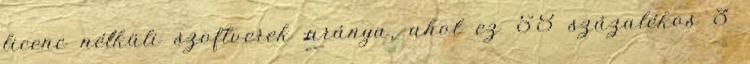
licenc nélküli szoftverek aránya, ahol ez 58 százalékos 3